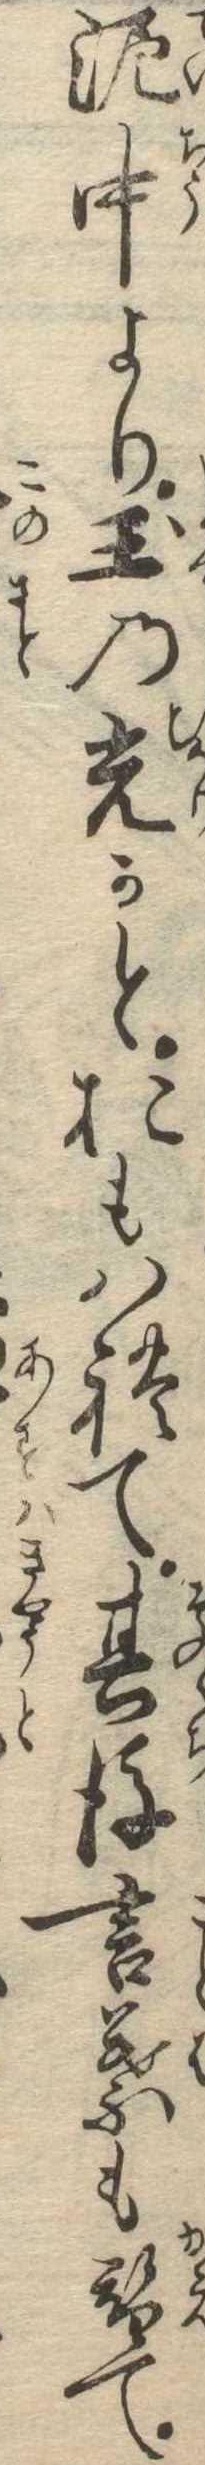
泥中より玉の光かとおもはれて其後言葉も替て